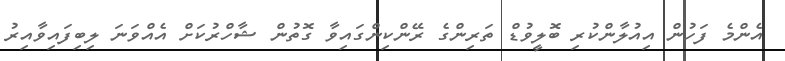
އެންމެ ފަހުން އިއުލާންކުރި ބޮލީވުޑް ތަރިންގެ ރޭންކިންގައިވާ ގޮތުން ޝާހްރުކަށް އެއްވަނަ ލިބިފައިވާއިރު